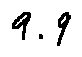
9 . 9